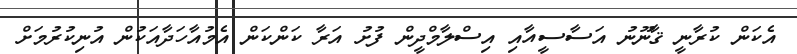
އެކަން ކުރާނީ ޤާނޫނު އަސާސީއާއި އިސްލާމްދީން ފުށު އަރާ ކަންކަން އެމުއާހަދާއަކުން އުނިކުރުމަށް